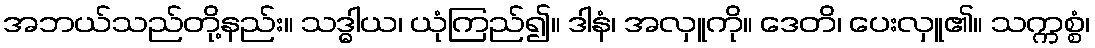
အဘယ်သည်တို့နည်း။ သဒ္ဓါယ၊ ယုံကြည်၍။ ဒါနံ၊ အလှူကို။ ဒေတိ၊ ပေးလှူ၏။ သက္ကစ္စံ၊